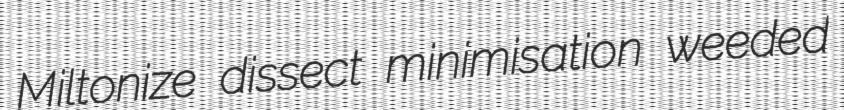
Miltonize dissect minimisation weeded